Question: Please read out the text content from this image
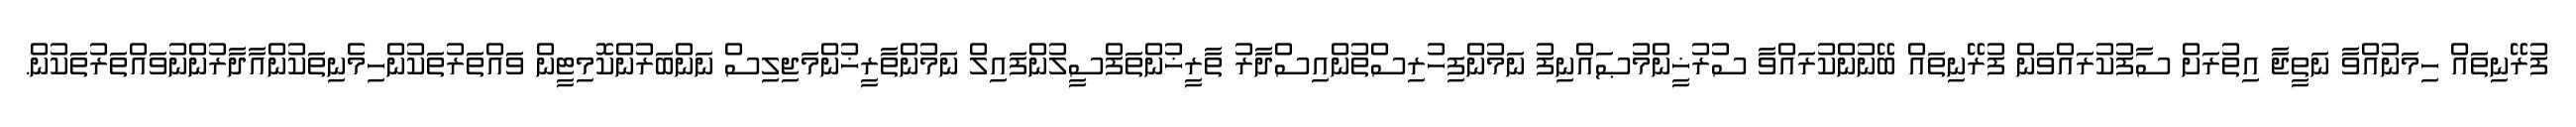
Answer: ފުރޭނިތައް ހިމަނުއްވާ ނަތީޖާ އިތުރަށް ސާފުކުރައްވަން ފުރޭނިތައް ބޭނުންކުރައްވާ ސުރުޚީންމުޞައްނިފު ނަމުންފިހުރިސްތުންއިސްދާރު ތާރީޚުންތަފްސީލުންފައިލް ނަމުންތާރީޚުންމަޖިލިސް ނަންބަރުންކޮމިޓީން ވައްތަރުތަކުންހިމެނިތަކުންއާދާރުންނުވައްތަރުތަކުން.